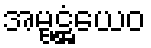
အမ္ဗဋ္ဌံယေဝ